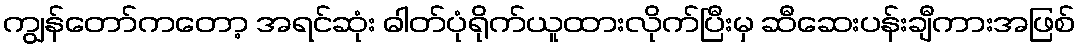
ကျွန်တော်ကတော့ အရင်ဆုံး ဓါတ်ပုံရိုက်ယူထားလိုက်ပြီးမှ ဆီဆေးပန်းချီကားအဖြစ်